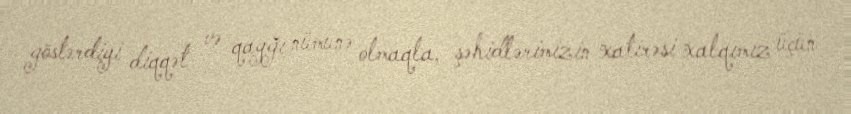
göstərdiyi diqqət və qayğı nümunə olmaqla, şəhidlərimizin xatirəsi xalqımız üçün